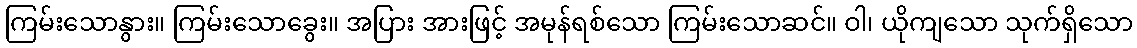
ကြမ်းသောနွား။ ကြမ်းသောခွေး။ အပြား အားဖြင့် အမုန်ရစ်သော ကြမ်းသောဆင်။ ဝါ၊ ယိုကျသော သုက်ရှိသော